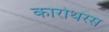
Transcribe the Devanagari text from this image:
कारोथरस